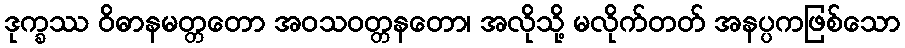
ဒုက္ခဿ ဝိဓာနမတ္တတော အဝသဝတ္တနတော၊ အလိုသို့ မလိုက်တတ် အနပ္ပကဖြစ်သော